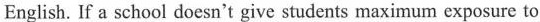
English. If a school doesn't give students maximum exposure to